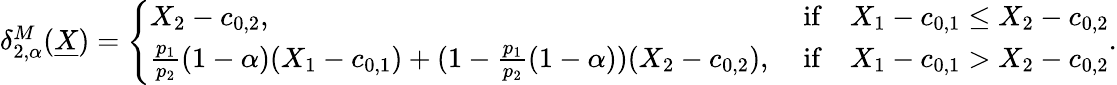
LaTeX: \begin{array}{r}{\delta_{2,\alpha}^{M}(\underline{{X}})=\left\{ \begin{array}{ll}{X_{2}-c_{0,2},}&{\mathrm{~if}\quad X_{1}-c_{0,1}\leq X_{2}-c_{0,2}}\\ {\frac{p_{1}}{p_{2}}(1-\alpha)(X_{1}-c_{0,1})+(1-\frac{p_{1}}{p_{2}}(1-\alpha))(X_{2}-c_{0,2}),}&{\mathrm{~if}\quad X_{1}-c_{0,1}>X_{2}-c_{0,2}}\end{array}\right..}\end{array}